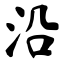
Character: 沿